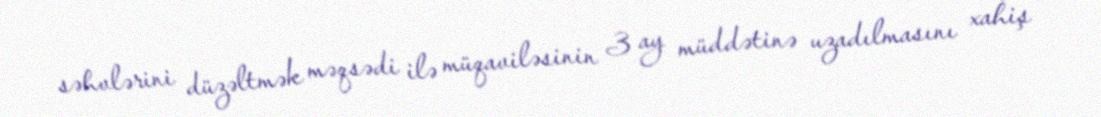
səhvlərini düzəltmək məqsədi ilə müqaviləsinin 3 ay müddətinə uzadılmasını xahiş